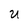
Character: U